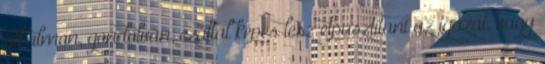
alkalmon, gondolván, ezáltal képes lesz elpusztítani az igazat, vagy